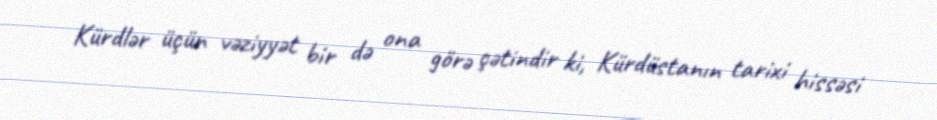
Kürdlər üçün vəziyyət bir də ona görə çətindir ki, Kürdüstanın tarixi hissəsi